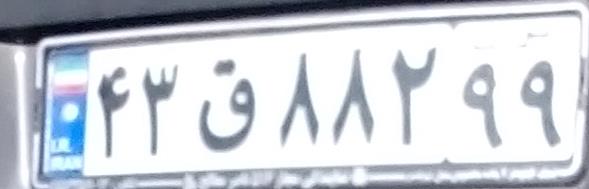
۴۳ق۸۸۲۹۹